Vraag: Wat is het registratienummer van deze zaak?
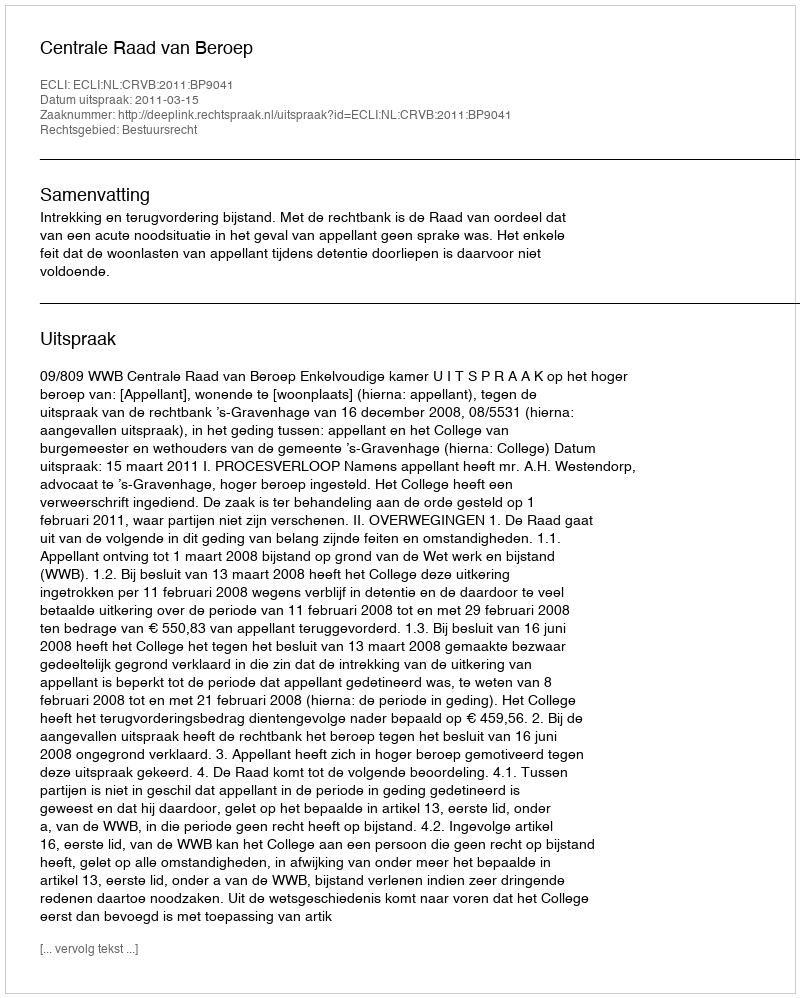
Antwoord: http://deeplink.rechtspraak.nl/uitspraak?id=ECLI:NL:CRVB:2011:BP9041